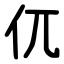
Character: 㐳